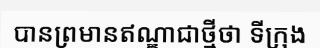
បានព្រមានឥណ្ឌាជាថ្មីថា ទីក្រុង